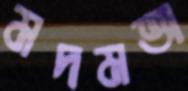
মদমত্তা